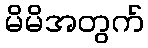
မိမိအတွက်